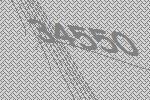
34550